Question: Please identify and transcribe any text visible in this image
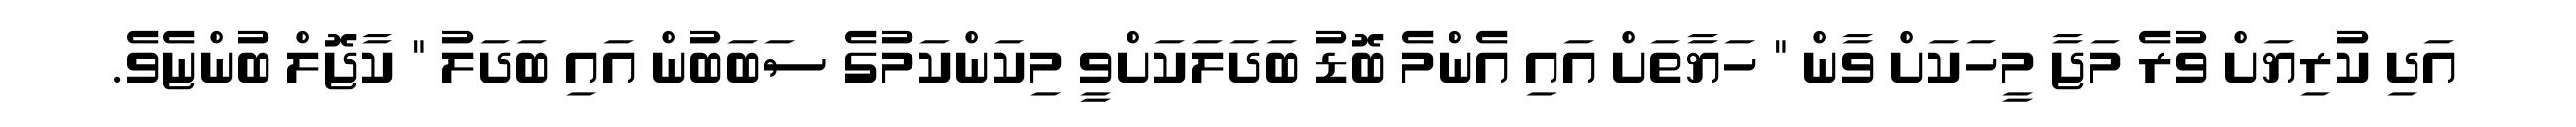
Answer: އަދި ކުރިޔަށް ވުރެ މަޖާ މީހަކަށް ވާން " ހަޔާތަށް އައި އެންމެ ބޮޑު ބަދަލަކަށްވީ މިކަންކަމުގެ ސަބަބުން އައި ބަދަލު " ކާޖޮލް ބުންޏެވެ.